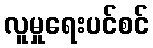
လူမှုရေးပင်စင်